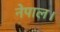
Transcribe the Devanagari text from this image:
नेपाल।